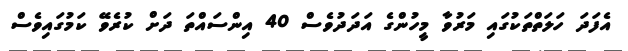
އެފަދަ ހަލަތްތަކުގައި މަރުވާ މީހުންގެ އަދަދުވެސް 40 އިންސައްތަ ދަށް ކުރެވޭ ކަމުގައިވެސް